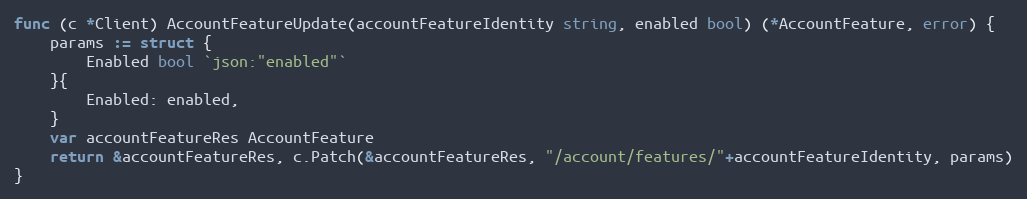
Language: Go
func (c *Client) AccountFeatureUpdate(accountFeatureIdentity string, enabled bool) (*AccountFeature, error) {
	params := struct {
		Enabled bool `json:"enabled"`
	}{
		Enabled: enabled,
	}
	var accountFeatureRes AccountFeature
	return &accountFeatureRes, c.Patch(&accountFeatureRes, "/account/features/"+accountFeatureIdentity, params)
}